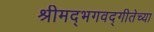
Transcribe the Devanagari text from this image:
श्रीमद्भगवद्गीतेच्या